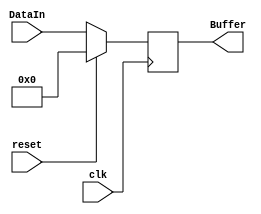
module OUTPUTPORT(
    DataIn, Buffer, clk, reset
);
    input [15:0] DataIn;
    input clk,reset;
    output reg [15:0] Buffer;
    always @(posedge clk) begin
        if(reset==1'b1)
            Buffer=16'b0;
        else
            Buffer = DataIn;
    end
endmodule